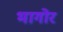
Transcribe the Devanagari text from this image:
भागोर